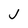
Character: J